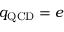
q _ { \mathrm { Q C D } } = e